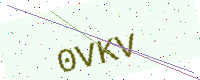
Text: 0VKV